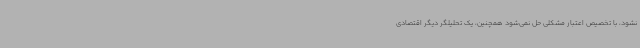
نشود، با تخصیص اعتبار مشکلی حل نمی‌شود همچنین، یک تحلیلگر دیگر اقتصادی